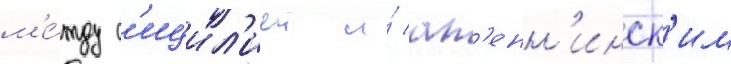
м'е́жду с'ицил'иеи и́ ап'енн'инск'им